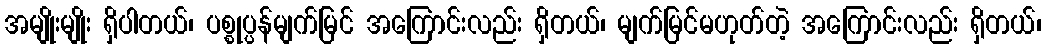
အမျိုးမျိုး ရှိပါတယ်၊ ပစ္စုပ္ပန်မျက်မြင် အကြောင်းလည်း ရှိတယ်၊ မျက်မြင်မဟုတ်တဲ့ အကြောင်းလည်း ရှိတယ်၊